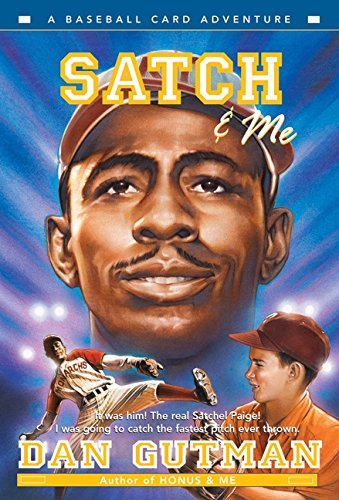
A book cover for Satch & Me (Baseball Card Adventures); Dan Gutman; Children's Books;